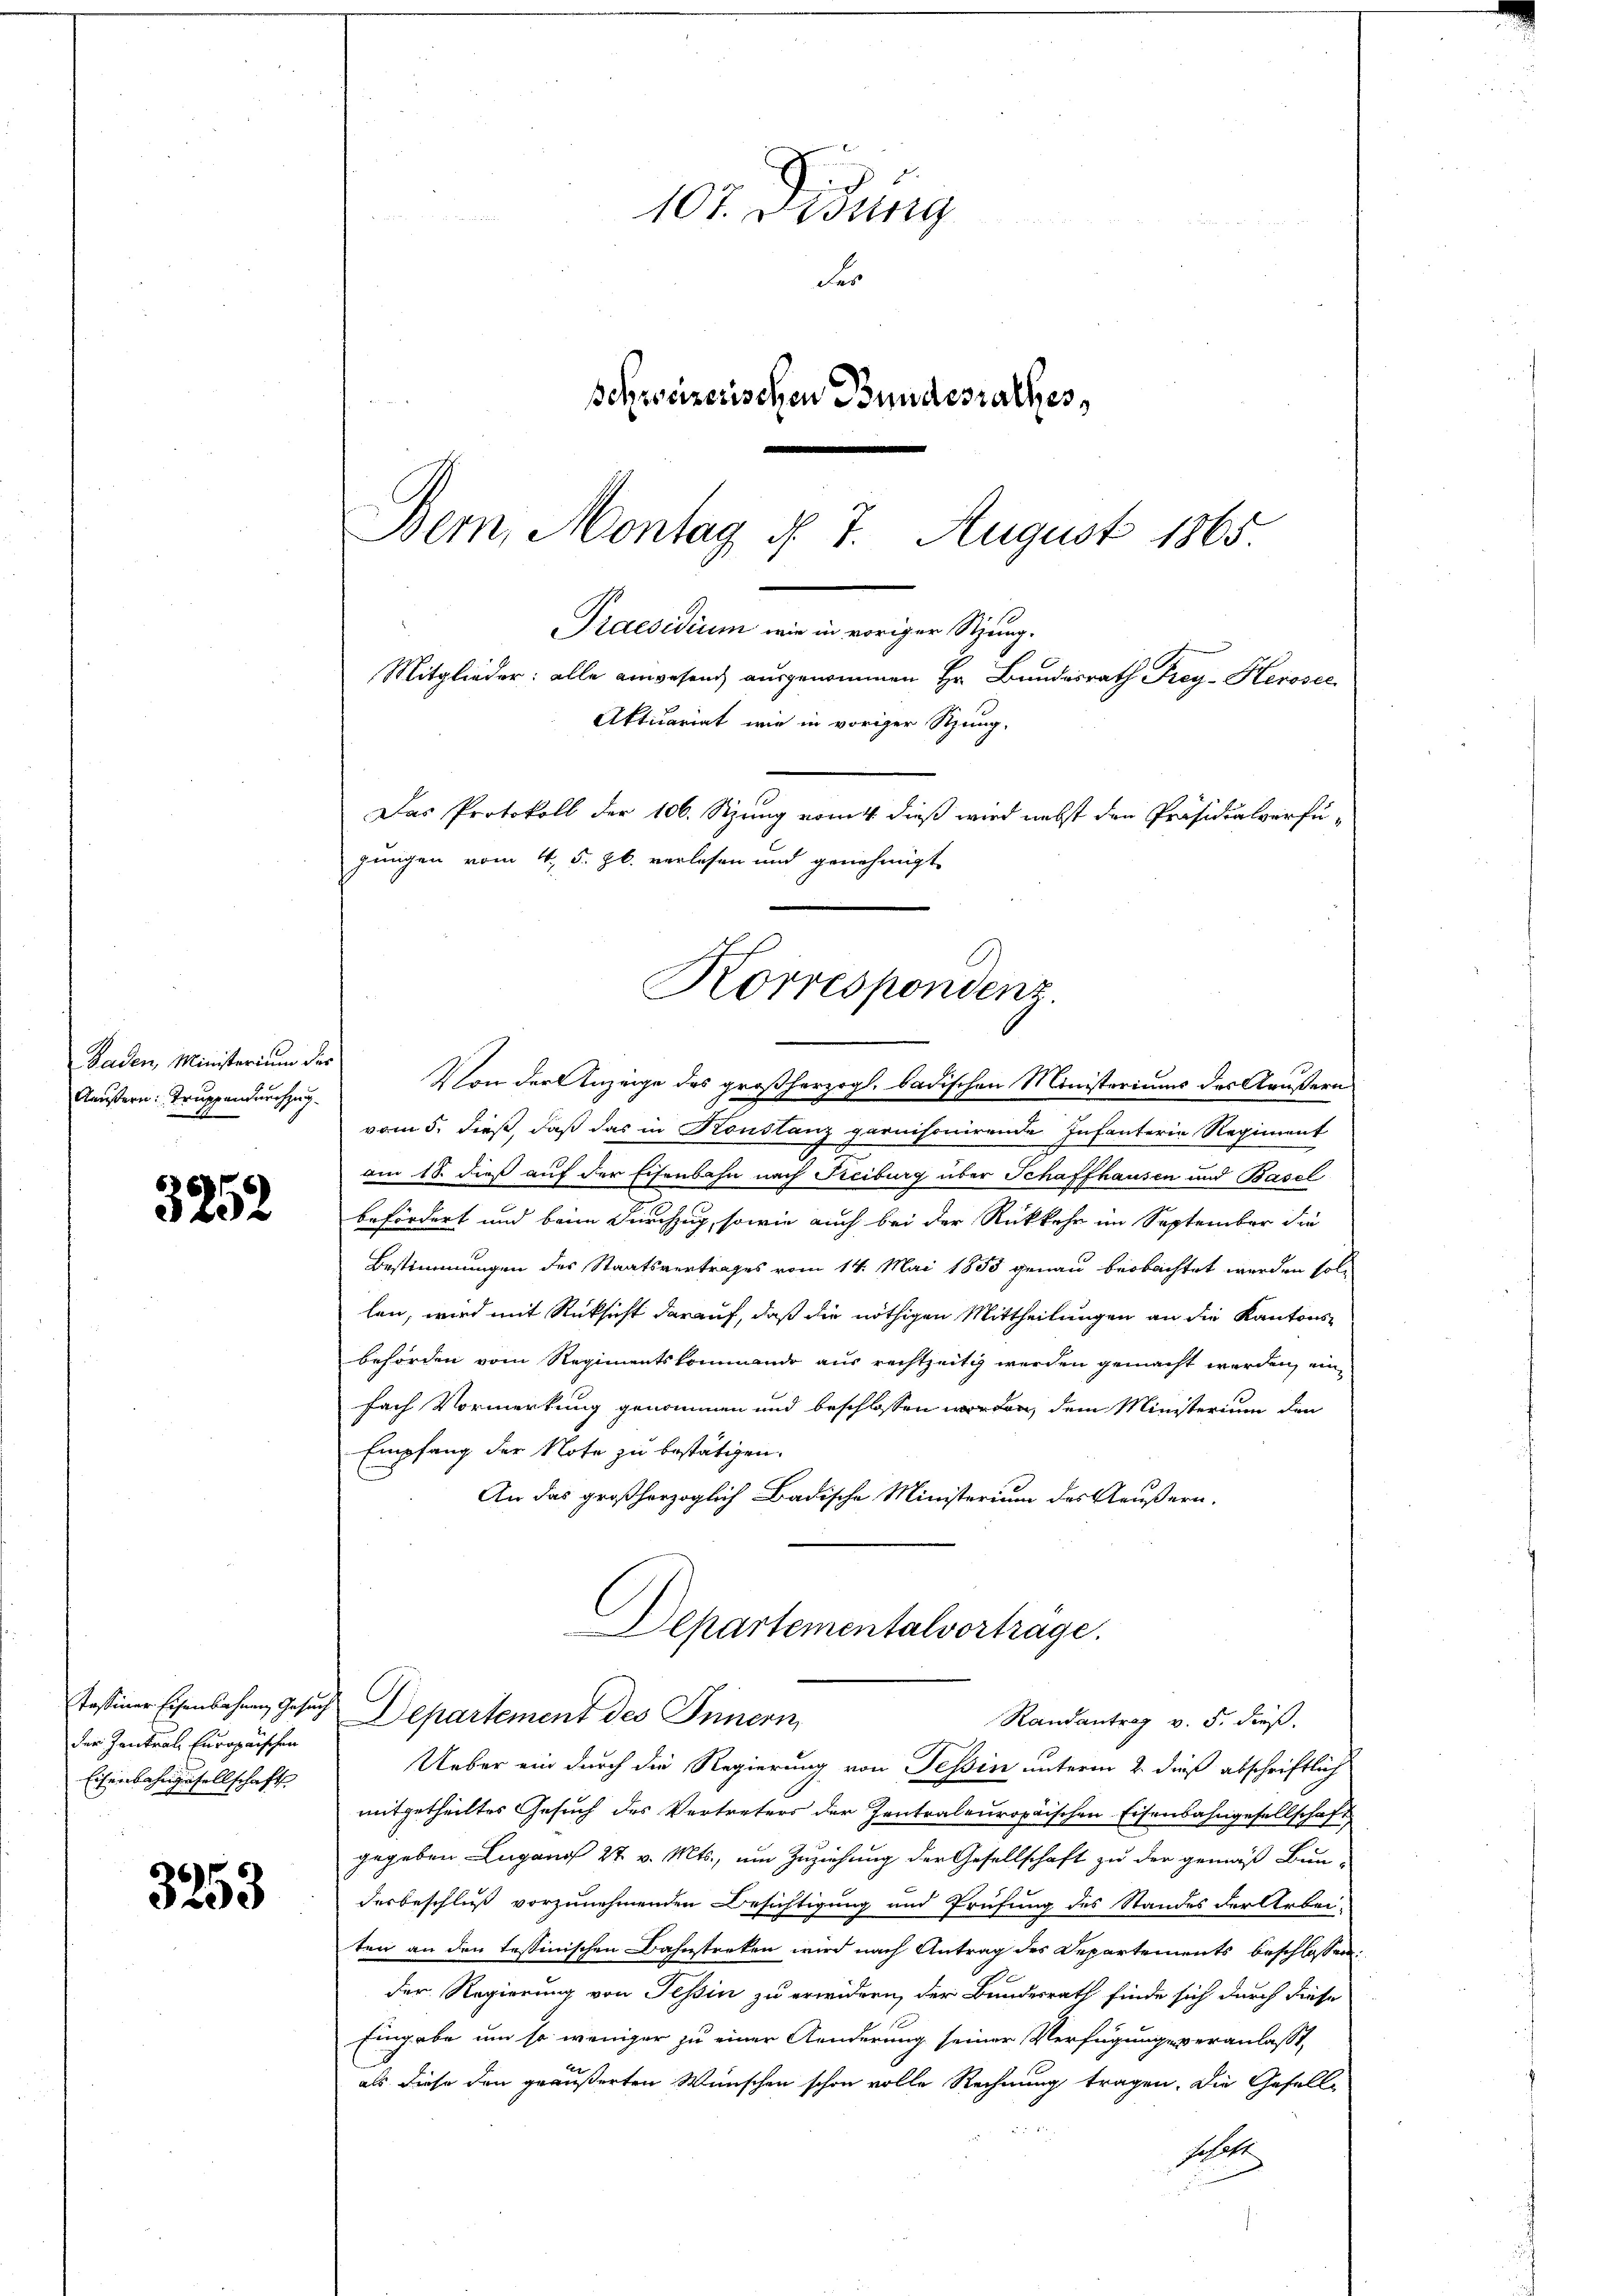
Baden, Ministerium des
Aäußern. Truppendurchzug

3252

der Zentral Europaischen
Eisenbahngesellschaft

3253

Von der Anzeige des großherzogl. badischen Ministeriums des Aeußern
vom 5. dieß, daß das in Konstanz parnisonirende Infanterie Regiment
am 18. dieß auf der Eisenbahn nach Freiburg über Schaffhausen und Basel
befördert und beim Durchzug, sowie auch bei der Rückkehr im September die
Bestimmungen des Staatsvertrages vom 14. Mai 1853 genau beobachtet werden sollen, wird mit Rücksicht darauf, daß die nöthigen Mittheilungen an die Kantons-
behörden vom Regimentskommando aus rechtzeitig werden gemacht werden, ein
fach Vormerkung genommen und beschlossen worden, dem Ministerium den
Empfang der Note zu bestätigen.
An das großherzoglich Badische Ministerium des Aeußern.
Departementalvortrage.
Tassiner Eisenbahnen Gesuch Departement des Innern,
Randantrag v. 5. dieß.
Ueber ein durch die Regierung von Tessin unterm 2. dieß abschriftlich
mitgetheilter Gesuch des Vertreters der Zentraleuropäischen Eisenbahngesellschaft,
gegeben Lugano 27. v. Mts., um Zuziehung der Gesellschaft zu der gemäß Bun-
derbeschluß vorzunehmenden Besichtigung und Prüfung des Standes der Arbei-
ten an den tessinischen Bahnstreken wird nach Antrag des Departements beschlossen:
der Regierung von Tessin zu erwidern, der Bundesrath finde sich durch diese
Eingabe um so weniger zu einer Aenderung seiner Verfügung veranlasst,
als diese den geäußerten Wünschen schon volle Rechnung tragen. Die Gesell-
fehalt

107. Aug
Fer
Behweizerischen Bundesrathes,

Das Protokoll der 106. Szung vom 4. dieß wird nebst den Präsidialverfüjungen vom 4. 5. Jb. verlesen und genehmigt
Korrespondenz.

Bern, Montag d. 7. August 1865.
Praesidium wie in voriger Sitzung.
Mitglieder: alle anwesend ausgenommen Hr. Bundesrath Frey-Herosec
Aktuariat wie in voriger Rung-